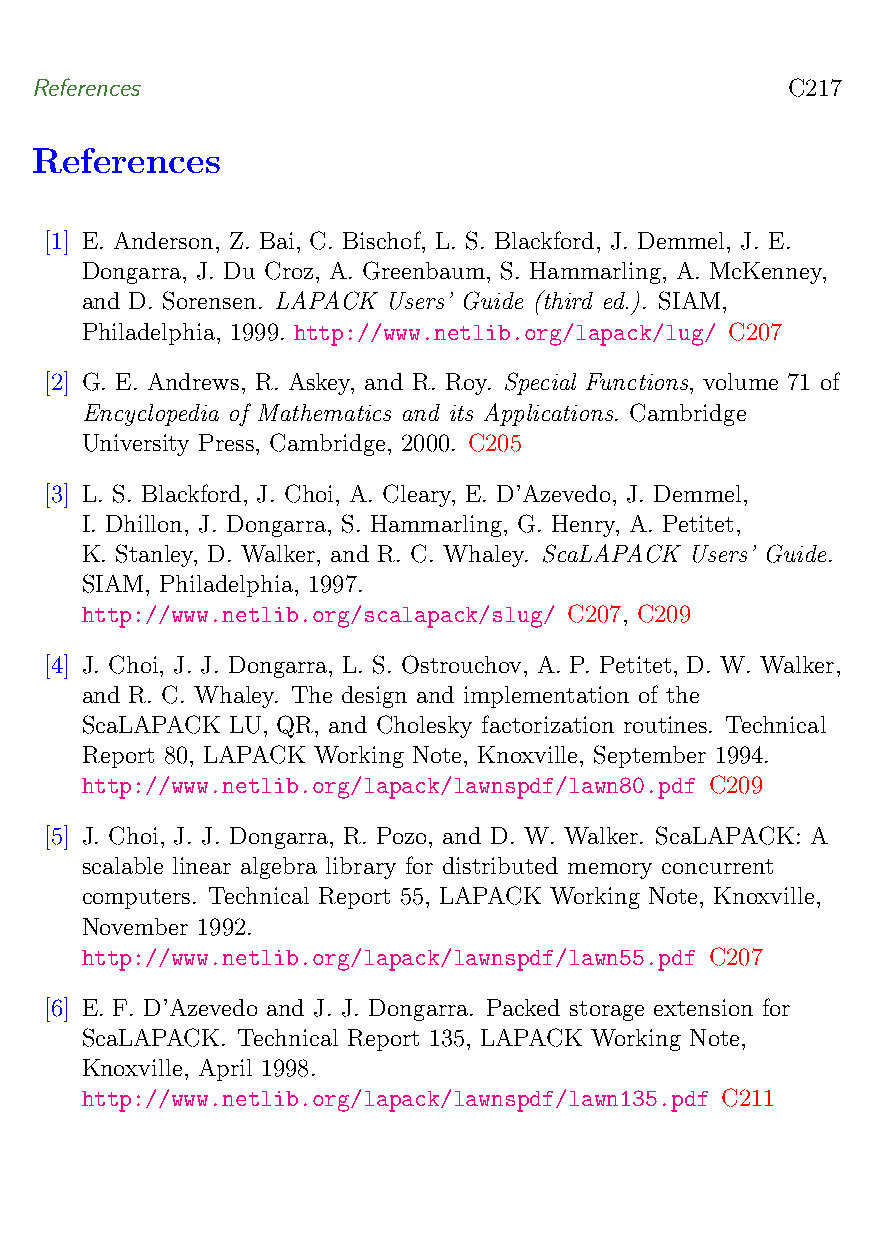
References                                        C217
 References
 [1] E. Anderson, Z. Bai, C. Bischof, L. S. Blackford, J. Demmel, J. E.
 Dongarra, J. Du Croz, A. Greenbaum, S. Hammarling, A. McKenney,
 and D. Sorensen. LAPACK Users’ Guide (third ed.). SIAM,
 Philadelphia, 1999. http://www.netlib.org/lapack/lug/ C207
 [2] G. E. Andrews, R. Askey, and R. Roy. Special Functions, volume 71 of
 Encyclopedia of Mathematics and its Applications. Cambridge
 University Press, Cambridge, 2000. C205
 [3] L. S. Blackford, J. Choi, A. Cleary, E. D’Azevedo, J. Demmel,
 I. Dhillon, J. Dongarra, S. Hammarling, G. Henry, A. Petitet,
 K. Stanley, D. Walker, and R. C. Whaley. ScaLAPACK Users’ Guide.
 SIAM, Philadelphia, 1997.
 http://www.netlib.org/scalapack/slug/ C207, C209
 [4] J. Choi, J. J. Dongarra, L. S. Ostrouchov, A. P. Petitet, D. W. Walker,
 and R. C. Whaley. The design and implementation of the
 ScaLAPACK LU, QR, and Cholesky factorization routines. Technical
 Report 80, LAPACK Working Note, Knoxville, September 1994.
 http://www.netlib.org/lapack/lawnspdf/lawn80.pdf C209
 [5] J. Choi, J. J. Dongarra, R. Pozo, and D. W. Walker. ScaLAPACK: A
 scalable linear algebra library for distributed memory concurrent
 computers. Technical Report 55, LAPACK Working Note, Knoxville,
 November 1992.
 http://www.netlib.org/lapack/lawnspdf/lawn55.pdf C207
 [6] E. F. D’Azevedo and J. J. Dongarra. Packed storage extension for
 ScaLAPACK. Technical Report 135, LAPACK Working Note,
 Knoxville, April 1998.
 http://www.netlib.org/lapack/lawnspdf/lawn135.pdf C211